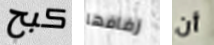
كبح زفافها أن